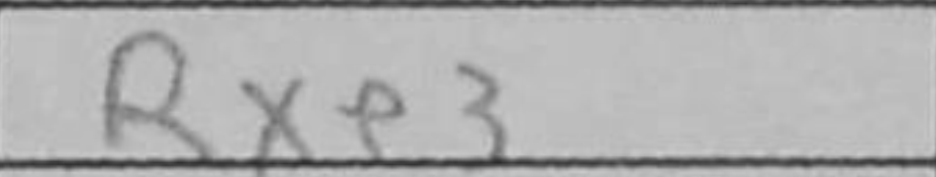
Transcription: Rxe3